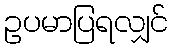
ဥပမာပြရလျှင်